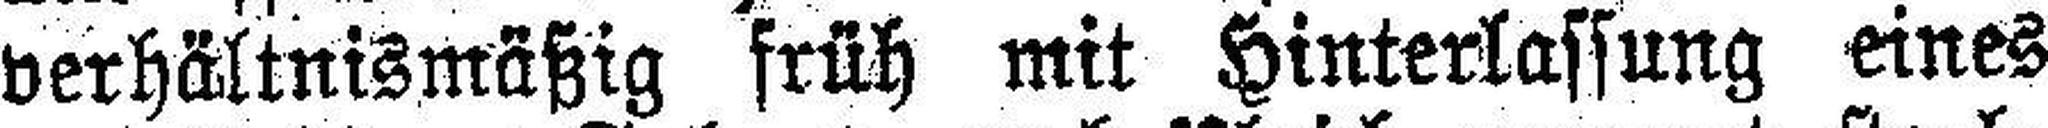
verhältnismäßig früh mit Hinterlassung eines